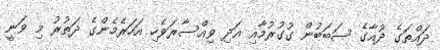
ދައްތަގެ ދުއާގެ ސަބަބުން ގުގުރުމާއި އަދި ވިއްސާރަވެހި އަހަރެމެންގެ ދަތުރު މި ވަނީ